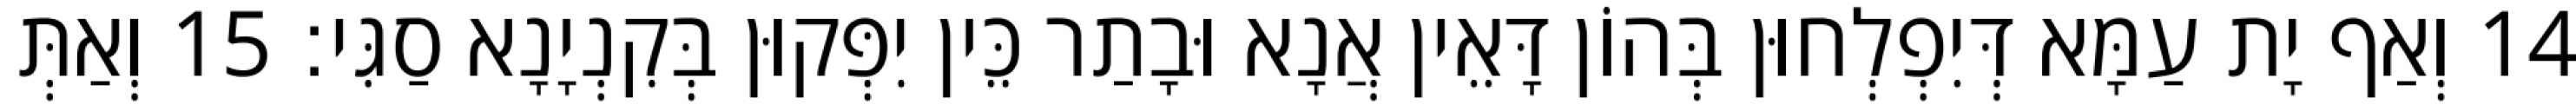
14 וְאַף יָת עַמָּא דְּיִפְלְחוּן בְּהוֹן דָּאֵין אֲנָא וּבָתַר כֵּין יִפְּקוּן בְּקִנְיָנָא סַגִּי׃ 15 וְאַתְּ